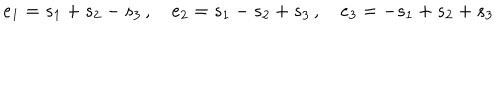
e _ { 1 } = s _ { 1 } + s _ { 2 } - s _ { 3 } \, , \quad e _ { 2 } = s _ { 1 } - s _ { 2 } + s _ { 3 } \, , \quad e _ { 3 } = - s _ { 1 } + s _ { 2 } + s _ { 3 }